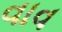
વાવ